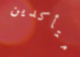
متأكدين